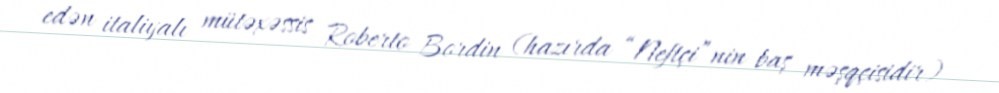
edən italiyalı mütəxəssis Roberto Bordin (hazırda “Neftçi”nin baş məşqçisidir)